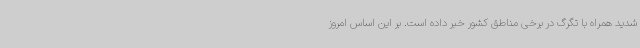
شدید همراه با تگرگ در برخی مناطق کشور خبر داده است. بر این اساس امروز